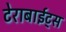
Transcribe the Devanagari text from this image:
टेराबाईट्स